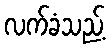
လက်ခံသည့်